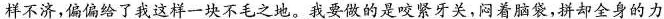
样不济，偏偏给了我这样一块不毛之地。我要做的是咬紧牙关，闷着脑袋，拼却全身的力